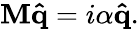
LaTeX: \mathbf{M}\mathbf{\hat{q}}=i\alpha\mathbf{\hat{q}}.